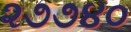
૨૭૭૪૦